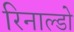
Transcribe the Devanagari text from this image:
रिनाल्डो